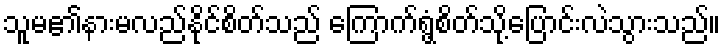
သူမ၏နားမလည်နိုင်စိတ်သည် ကြောက်ရွံ့စိတ်သို့ပြောင်းလဲသွားသည်။